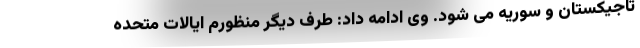
تاجیکستان و سوریه می شود. وی ادامه داد: طرف دیگر منظورم ایالات متحده